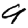
Digit: 9